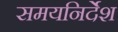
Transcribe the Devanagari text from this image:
समयनिर्देश